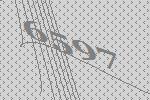
6597